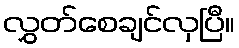
လွှတ်စေချင်လှပြီ။